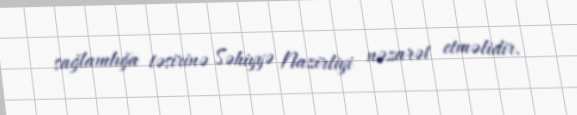
sağlamlığa təsirinə Səhiyyə Nazirliyi nəzarət etməlidir.